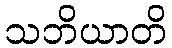
သဘိယာတိ